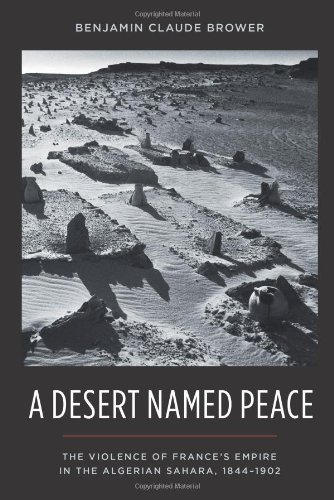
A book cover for A Desert Named Peace: The Violence of France's Empire in the Algerian Sahara, 1844-1902 (History and Society of the Modern Middle East); Benjamin C Brower; History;